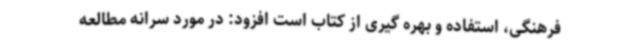
فرهنگی، استفاده و بهره گیری از کتاب است افزود: در مورد سرانه مطالعه